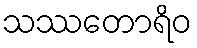
သဿတောရိဝ